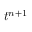
t ^ { n + 1 }